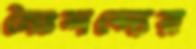
নৈঃশব্দ্যের